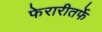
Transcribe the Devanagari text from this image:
फेरारीतर्फे